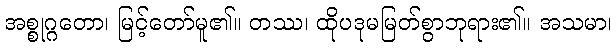
အစ္စုဂ္ဂတော၊ မြင့်တော်မူ၏။ တဿ၊ ထိုပဒုမမြတ်စွာဘုရား၏။ အသမာ၊